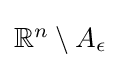
{\textstyle \mathbb {R} ^{n}\setminus A_{\epsilon }}